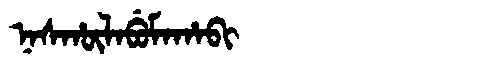
Manchu: ᠨᠠᠰᡥᡡᠯᠠᠪᡠᠮᠠᡥᠠᠪᡳ
Romanization: NASHŪLABUMAHABI